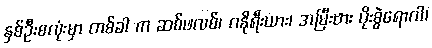
နှစ်ဦးစလုံးမှာ တစ်ခါ က ဆစ်ဖလစ်၊ ဂနိုရီးယား၊ အမြီးဗား ပိုးစွဲရောဂါ၊